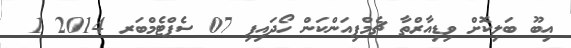
އިބޫ ބަލިކޮށް ވިޑިއާރްތާ ޗެމްޕިއަންކަން ހޯދައިފި 07 ސެޕްޓެމްބަރ 2014 1